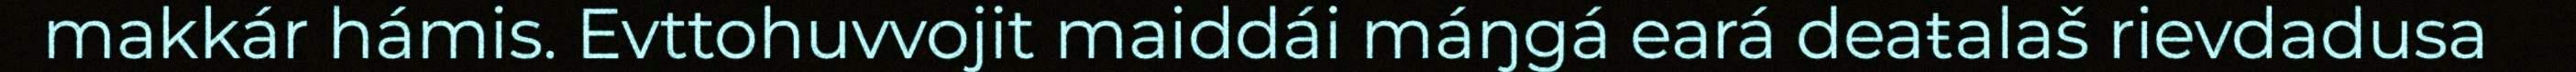
makkár hámis. Evttohuvvojit maiddái máŋgá eará deaŧalaš rievdadusa